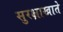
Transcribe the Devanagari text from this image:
सुरक्षाखाते